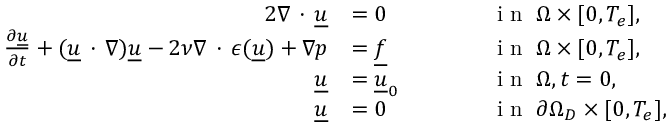
\begin{array} { r l r l } { { 2 } \nabla \, \cdot \, \underline { { u } } } & { = 0 } & & { \qquad \textnormal { i n } \: \Omega \times [ 0 , T _ { e } ] , } \\ { \frac { \partial \underline { { u } } } { \partial t } + ( \underline { { u } } \, \cdot \, \nabla ) \underline { { u } } - 2 \nu \nabla \, \cdot \, \epsilon ( \underline { { u } } ) + \nabla p } & { = \underline { { f } } } & & { \qquad \textnormal { i n } \: \Omega \times [ 0 , T _ { e } ] , } \\ { \underline { { u } } } & { = \underline { { u } } _ { 0 } } & & { \qquad \textnormal { i n } \: \Omega , t = 0 , } \\ { \underline { { u } } } & { = 0 } & & { \qquad \textnormal { i n } \: \partial \Omega _ { D } \times [ 0 , T _ { e } ] , } \end{array}